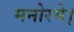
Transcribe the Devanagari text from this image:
मनोरमे।